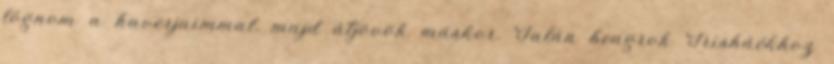
lógnom a haverjaimmal. majd átjövök máskor. Talán beugrok Trisháékhoz